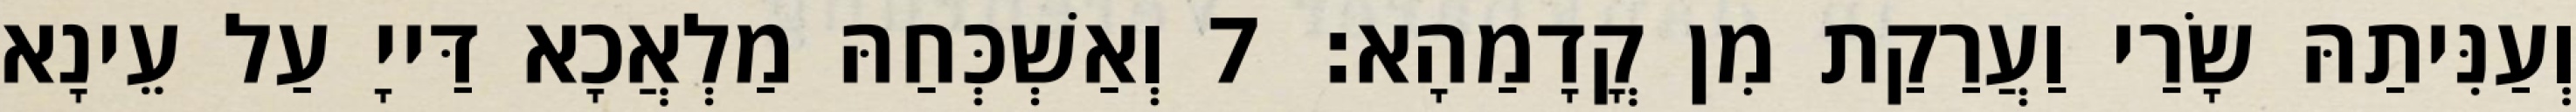
וְעַנִּיתַהּ שָׂרַי וַעֲרַקַת מִן קֳדָמַהָא׃ 7 וְאַשְׁכְּחַהּ מַלְאֲכָא דַּייָ עַל עֵינָא